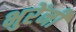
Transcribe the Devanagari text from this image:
भुरेंनी